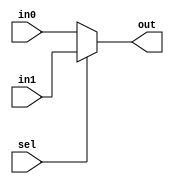
module mux2_top(
    input [1:0] in0,
    input [1:0] in1,
    input sel,
    output [1:0] out
    );

    assign out = (sel == 1) ? in1 : in0;

endmodule